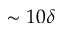
\sim 1 0 \delta